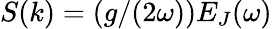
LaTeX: S(k)=(g/(2\omega))E_{J}(\omega)